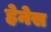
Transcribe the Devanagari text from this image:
हेनेस